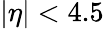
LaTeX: |\eta|<4.5